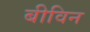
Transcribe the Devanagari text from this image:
बीविन